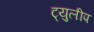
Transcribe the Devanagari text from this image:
ट्युलीप